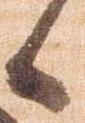
候